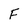
Character: F